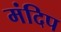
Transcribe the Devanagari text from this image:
मंदिप